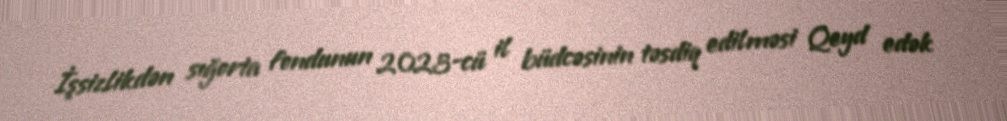
İşsizlikdən sığorta fondunun 2023-cü il büdcəsinin təsdiq edilməsi Qeyd edək